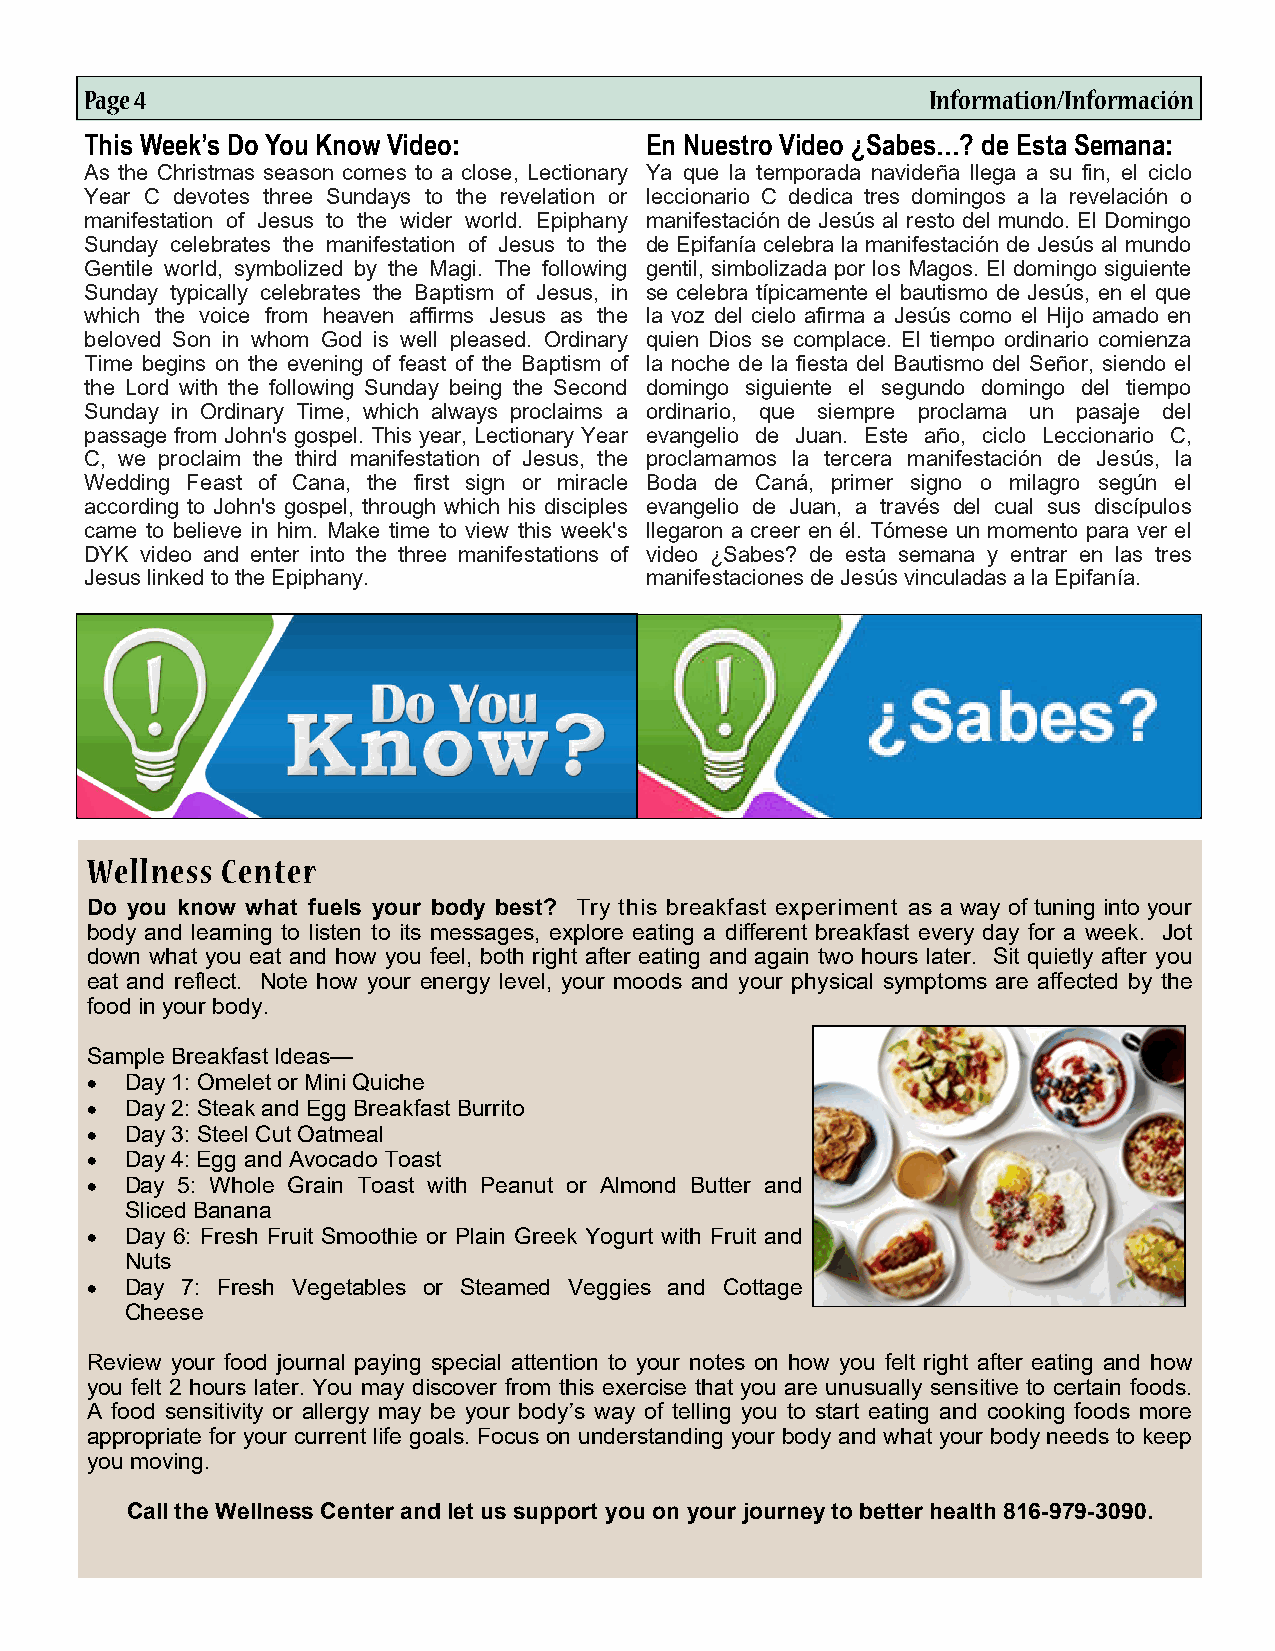
Page 4                                                  Information/Información
 This Week’s Do You Know Video:       En Nuestro Video ¿Sabes…? de Esta Semana:
 As the Christmas season comes to a close, Lectionary Ya que la temporada navideña llega a su fin, el ciclo
 Year C devotes three Sundays to the revelation or leccionario C dedica tres domingos a la revelación o
 manifestation of Jesus to the wider world. Epiphany manifestación de Jesús al resto del mundo. El Domingo
 Sunday celebrates the manifestation of Jesus to the de Epifanía celebra la manifestación de Jesús al mundo
 Gentile world, symbolized by the Magi. The following gentil, simbolizada por los Magos. El domingo siguiente
 Sunday typically celebrates the Baptism of Jesus, in se celebra típicamente el bautismo de Jesús, en el que
 which the voice from heaven affirms Jesus as the la voz del cielo afirma a Jesús como el Hijo amado en
 beloved Son in whom God is well pleased. Ordinary quien Dios se complace. El tiempo ordinario comienza
 Time begins on the evening of feast of the Baptism of la noche de la fiesta del Bautismo del Señor, siendo el
 the Lord with the following Sunday being the Second domingo siguiente el segundo domingo del tiempo
 Sunday in Ordinary Time, which always proclaims a ordinario, que siempre proclama un pasaje del
 passage from John's gospel. This year, Lectionary Year evangelio de Juan. Este año, ciclo Leccionario C,
 C, we proclaim the third manifestation of Jesus, the proclamamos la tercera manifestación de Jesús, la
 Wedding Feast of Cana, the first sign or miracle Boda de Caná, primer signo o milagro según el
 according to John's gospel, through which his disciples evangelio de Juan, a través del cual sus discípulos
 came to believe in him. Make time to view this week's llegaron a creer en él. Tómese un momento para ver el
 DYK video and enter into the three manifestations of video ¿Sabes? de esta semana y entrar en las tres
 Jesus linked to the Epiphany.        manifestaciones de Jesús vinculadas a la Epifanía.
 Wellness Center
 Do you know what fuels your body best? Try this breakfast experiment as a way of tuning into your
 body and learning to listen to its messages, explore eating a different breakfast every day for a week. Jot
 down what you eat and how you feel, both right after eating and again two hours later. Sit quietly after you
 eat and reflect. Note how your energy level, your moods and your physical symptoms are affected by the
 food in your body.
 Sample Breakfast Ideas—
 • Day 1: Omelet or Mini Quiche
 • Day 2: Steak and Egg Breakfast Burrito
 • Day 3: Steel Cut Oatmeal
 • Day 4: Egg and Avocado Toast
 • Day 5: Whole Grain Toast with Peanut or Almond Butter and
 Sliced Banana
 • Day 6: Fresh Fruit Smoothie or Plain Greek Yogurt with Fruit and
 Nuts
 • Day 7: Fresh Vegetables or Steamed Veggies and Cottage
 Cheese
 Review your food journal paying special attention to your notes on how you felt right after eating and how
 you felt 2 hours later. You may discover from this exercise that you are unusually sensitive to certain foods.
 A food sensitivity or allergy may be your body’s way of telling you to start eating and cooking foods more
 appropriate for your current life goals. Focus on understanding your body and what your body needs to keep
 you moving.
 Call the Wellness Center and let us support you on your journey to better health 816-979-3090.